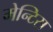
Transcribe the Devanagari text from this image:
मेन्टिस